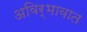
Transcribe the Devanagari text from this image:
अविर्भावात